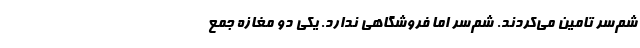
شمّ‌سر تامین می‌کردند. شمّ‌سر اما فروشگاهی ندارد. یکی دو مغازه جمع